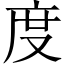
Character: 度